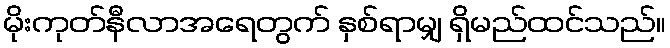
မိုးကုတ်နီလာအရေတွက် နှစ်ရာမျှ ရှိမည်ထင်သည်။